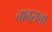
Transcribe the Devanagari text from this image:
बाबराचा